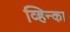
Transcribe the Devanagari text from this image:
व्हिन्का